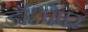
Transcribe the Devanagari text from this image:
डॉ॰पेपर